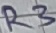
Text: R3